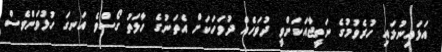
އަޅައިނުލައި ހުރެވުމުގެ ނަތީޖާއަކަށްވީ ދުވަހެއް ދުވަހަކަށް އެތަނުގެ ހާލަތު ގޯސްވެ އަނގަ ހުޅުވަންވެސް